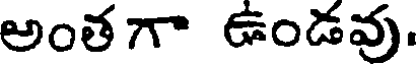
అంతగా ఉండవు.